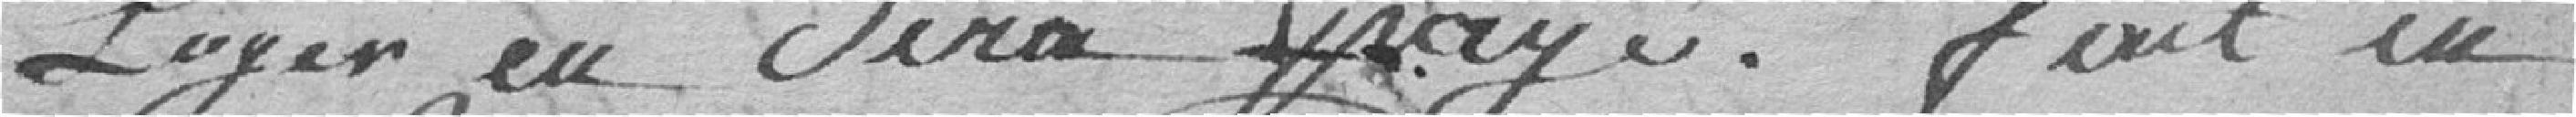
Loyer en Sera payé . fait en